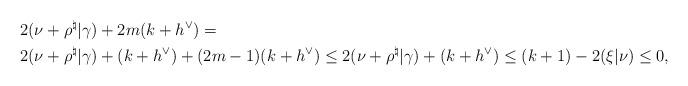
LaTeX: \begin{align*}&2(\nu + \rho^{\natural}|\gamma)+2m(k+h^\vee)=\\&2(\nu + \rho^{\natural}|\gamma)+(k+h^\vee)+(2m-1)(k+h^\vee)\leq 2(\nu + \rho^{\natural}|\gamma)+(k+h^\vee)\leq (k+1) -2(\xi|\nu)\leq 0,\end{align*}